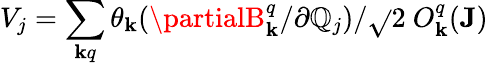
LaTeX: V_{j}=\sum_{\mathbf{k}q}\theta_{\mathbf{k}}(\partialB_{\mathbf{k}}^{q}/\partial\mathbb{Q}_{j})/\sqrt{}{{2}}\ O_{\mathbf{k}}^{q}(\mathbf{{J}})